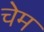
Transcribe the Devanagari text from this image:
चेम